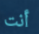
أنت